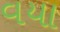
વયા